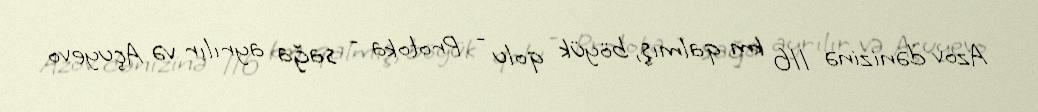
Azov dənizinə 116 km qalmış, böyük qolu - Protoka - sağa ayrılır və Açuyevo